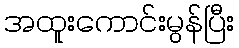
အထူးကောင်းမွန်ပြီး